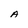
Character: A